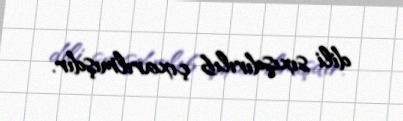
dili sıxışdırılıb çıxarılmışdır.